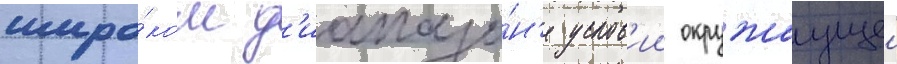
широ́ком д'иапазо́н'е услов'ии окружаущеи